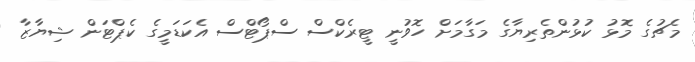
މެޗުގެ މޮޅު ކުޅުންތެރިޔާގެ މަގާމަށް ހޮވުނީ ޓީރެކްސް ސްޕޯޓްސް އެކަޑަމީގެ ކެޕްޓަން ޝިޔާޒާ